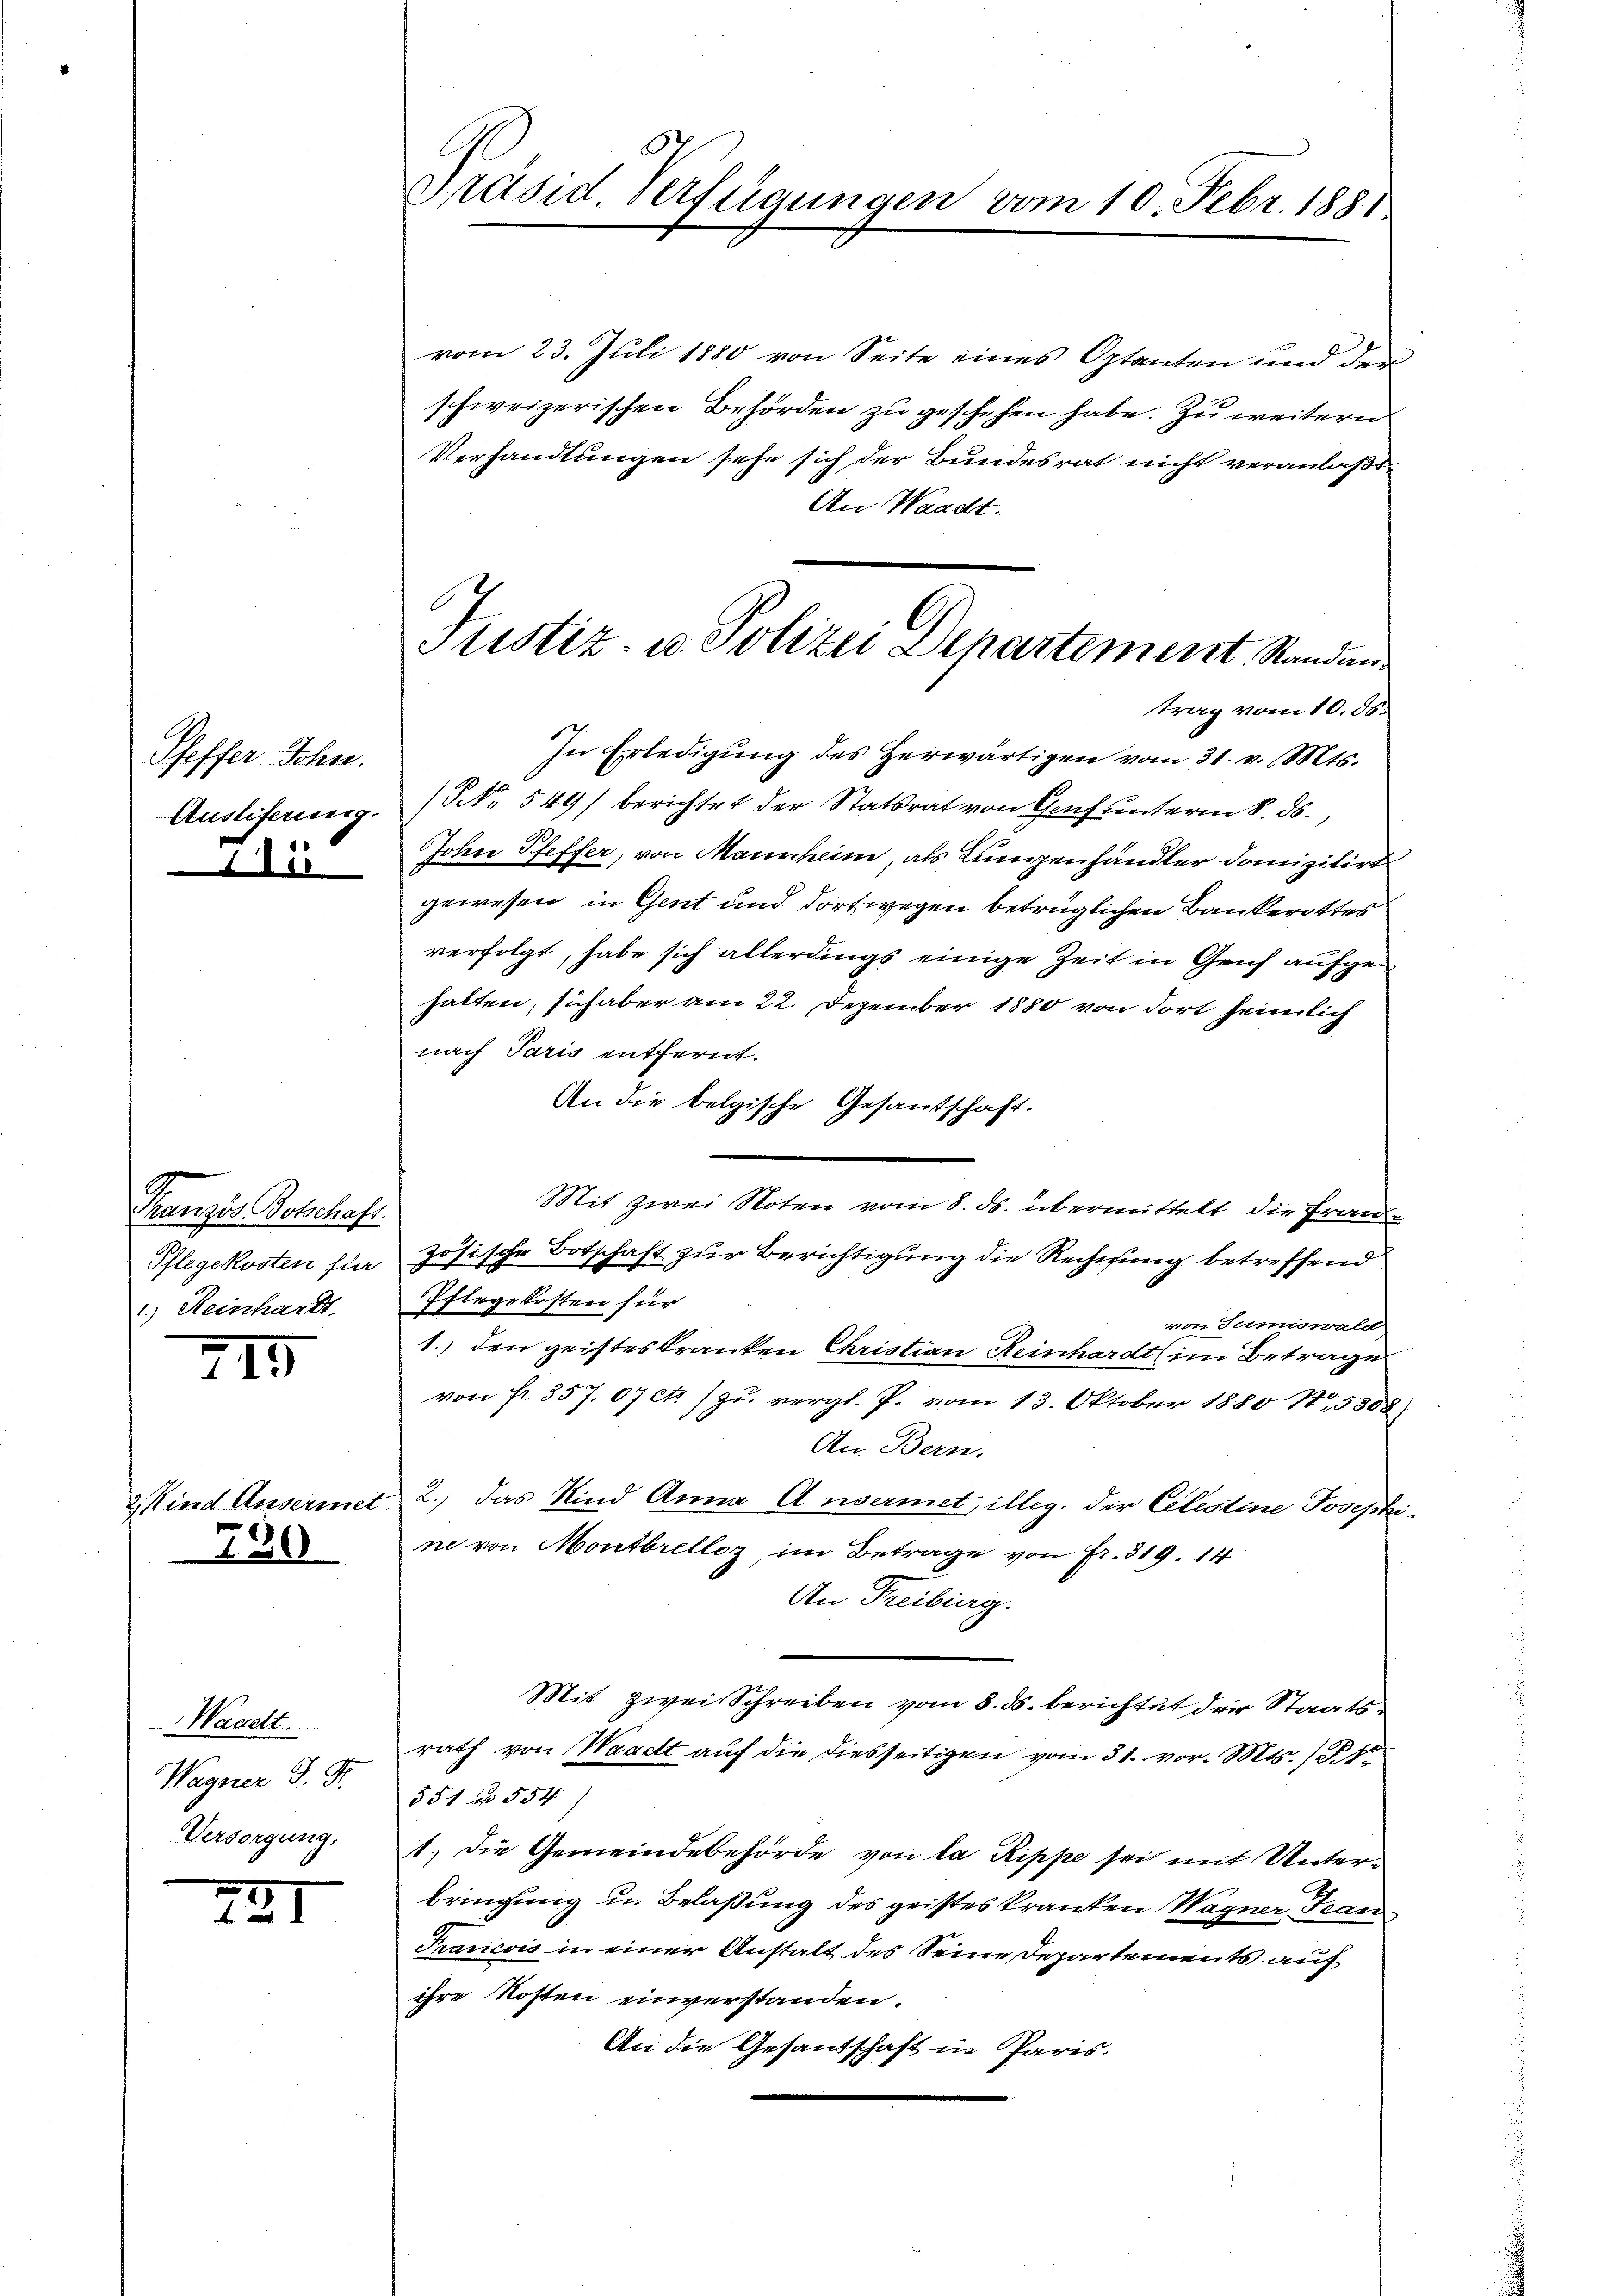
Pfeffer Sohn.
Auslieferung.
Zir

hanzis Botschaft.
Pflegekosten für
1.) Heinhardt.

715

Wind Ausermet

795

Waadt.
Wagner J. G.
Versorgung.

221

Präsid. Verfügungen vom 10. Febr. 1881.

6
Justiz- u. Polizei Departement Standen.

vom 23. Juli 1880 von Seite eines Optenten und den
schweizerischen Behörden zu geschehen habe. Zu weiteren
Verhandlungen sehe sich der Bundesrat nicht veranlaßt,
An Waadt.
trag vom 10. d.
In Erledigŭng des herwärtigen vom 31. v. Mts.
(NNo. 549) berichtet der Statsrat von Genf unterm 8. ds.,
Johen Pfeffer, von Mannheine, als Lungenhändler Domizitirt
gewesen, in Gent und dort wegen betrüglichen Bankerottes
verfolgt, habe sich allerdings einige Zeit in Gruf aufgehalten, sich aber am 22. Dezember 1880 von dort heimlich
nach Paris entfernt.
An die belgische Gesandtschaft.
Mit zwei Noten vom 8. ds. übermittelt, die Fran
zösische Botschaft zur Berichtigung die Rechnung betreffend
Pflegekosten für
von Sermiswald
1.) den geisteskranken Christian Reinhardt (im Betrage
von fr. 357. 07 et) zu vergl. P. vom 13. Oktober 1880 11,5308
An Bern.
2.) Das Kind Anna Anvermet, illeg. der Celestine Josephine von Montbrelloz im Betrage von Fr. 319. 14
An Freiburg.
Mit zwei Schreiben vom 8. ds. berichtet der Staatsrath von Waadt auf die diesseitigen vom 31. vor. Mts. (R
551 n 554
1. Die Gemeindebehörde von la Rippe sei mit Unterbringung u. Belassung des geistes kranken Wagner Fran
Francois in einer Anstalt des Seine Departements auf
ihre Kosten einverstanden.
An die Gesandschaft in Paris.